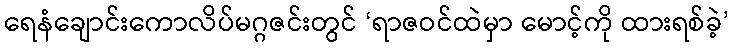
ရေနံချောင်းကောလိပ်မဂ္ဂဇင်းတွင် ‘ရာဇဝင်ထဲမှာ မောင့်ကို ထားရစ်ခဲ့’